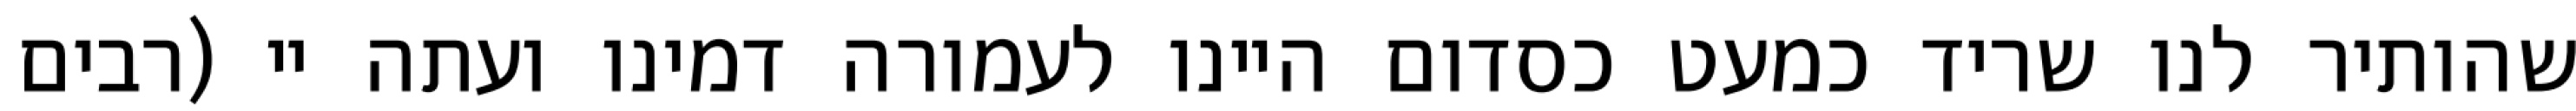
שהותיר לנו שריד כמעט כסדום היינו לעמורה דמינו ועתה יי (רבים